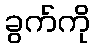
ခွက်ကို